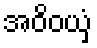
အဝိဝယှံ